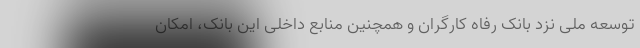
توسعه ملی نزد بانک رفاه کارگران و همچنین منابع داخلی این بانک، امکان